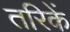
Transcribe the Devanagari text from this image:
तरिकें